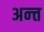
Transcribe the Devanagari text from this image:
अन्त्त